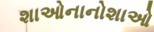
શાઓનાનોશાઓ